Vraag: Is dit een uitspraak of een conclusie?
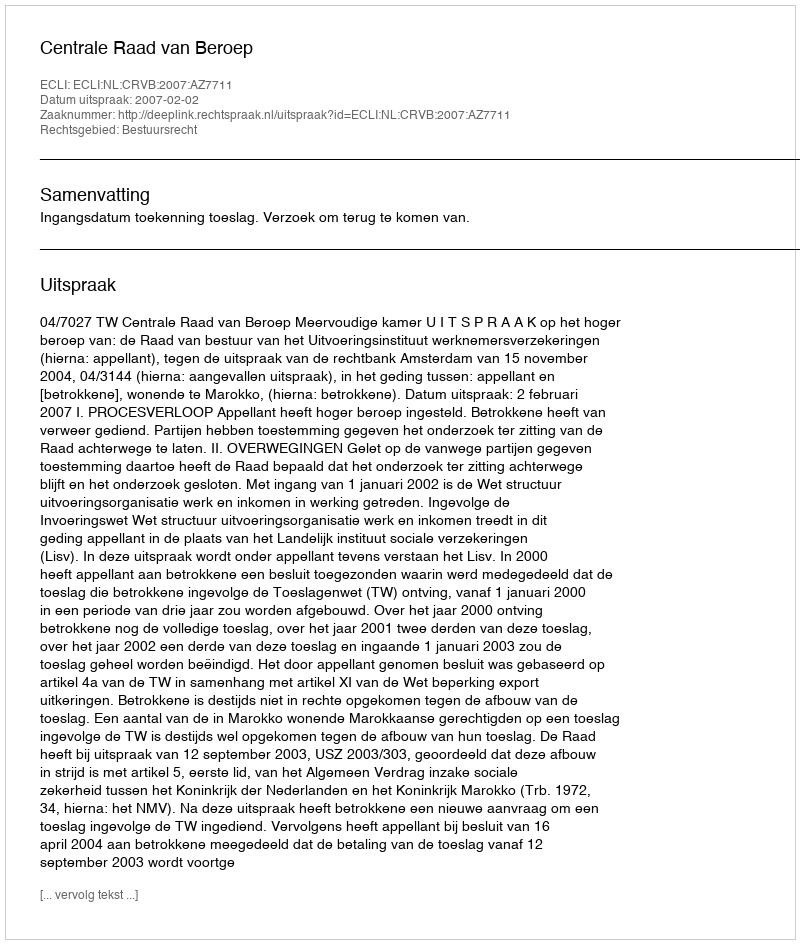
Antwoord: Uitspraak